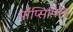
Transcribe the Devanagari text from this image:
पॉप्सिपिल